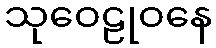
သုဝေဠုဝနေ